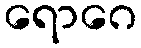
ရောဂေ